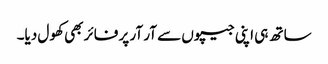
ساتھ ہی اپنی جیپوں سے آر آر پر فائر بھی کھول دیا۔